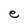
Character: e